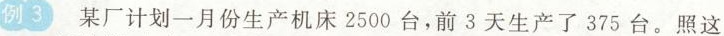
例3 某厂计划一月份生产机床2500台，前3天生产了375台。照这